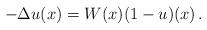
LaTeX: \begin{align*} - \Delta u (x) = W(x) (1-u)(x) \, .\end{align*}